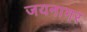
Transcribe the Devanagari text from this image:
जयनागर